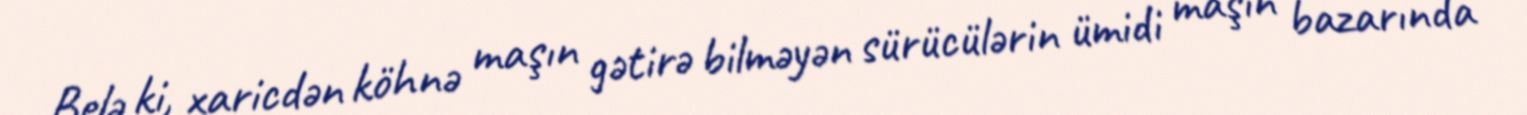
Belə ki, xaricdən köhnə maşın gətirə bilməyən sürücülərin ümidi maşın bazarında